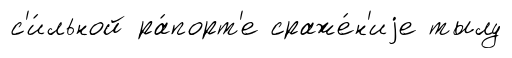
с'и́льной ра́порт'е сраже́н'иjе тылу